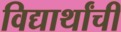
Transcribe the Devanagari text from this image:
विद्यार्थांची